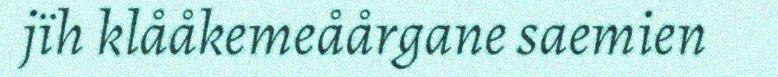
jïh klååkemeåårgane saemien